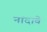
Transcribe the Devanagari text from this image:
नांदावे